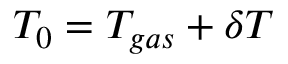
T _ { 0 } = T _ { g a s } + \delta T